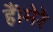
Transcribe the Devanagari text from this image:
हैं।मेरे